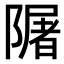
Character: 𨼑